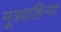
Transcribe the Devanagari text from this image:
मूत्रवाहिन्या